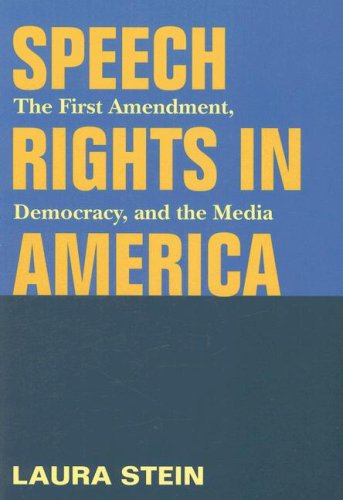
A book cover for Speech Rights in America: The First Amendment, Democracy, and the Media (History of Communication); Laura Stein; Law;